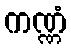
ကဏ္ဏံ